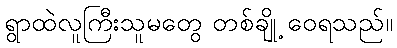
ရွာထဲလူကြီးသူမတွေ တစ်ချို့ ဝေရသည်။